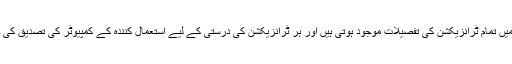
اس لیجر میں تمام ٹرانزیکشن کی تفصیلات موجود ہوتی ہیں اور ہر ٹرانزیکشن کی درستی کے لیے استعمال کنندہ کے کمپیوٹر کی تصدیق کی جاتی ہے۔